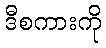
ဒီစကားကို